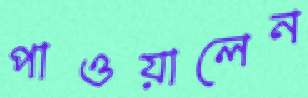
পাওয়ালেন